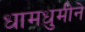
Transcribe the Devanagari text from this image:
धामधुमीने